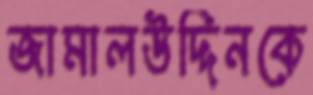
জামালউদ্দিনকে